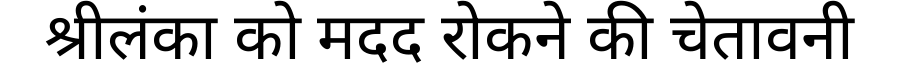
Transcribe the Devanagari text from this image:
श्रीलंका को मदद रोकने की चेतावनी